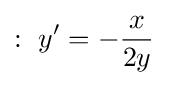
:\ y'=-{\frac {x}{2y}}\